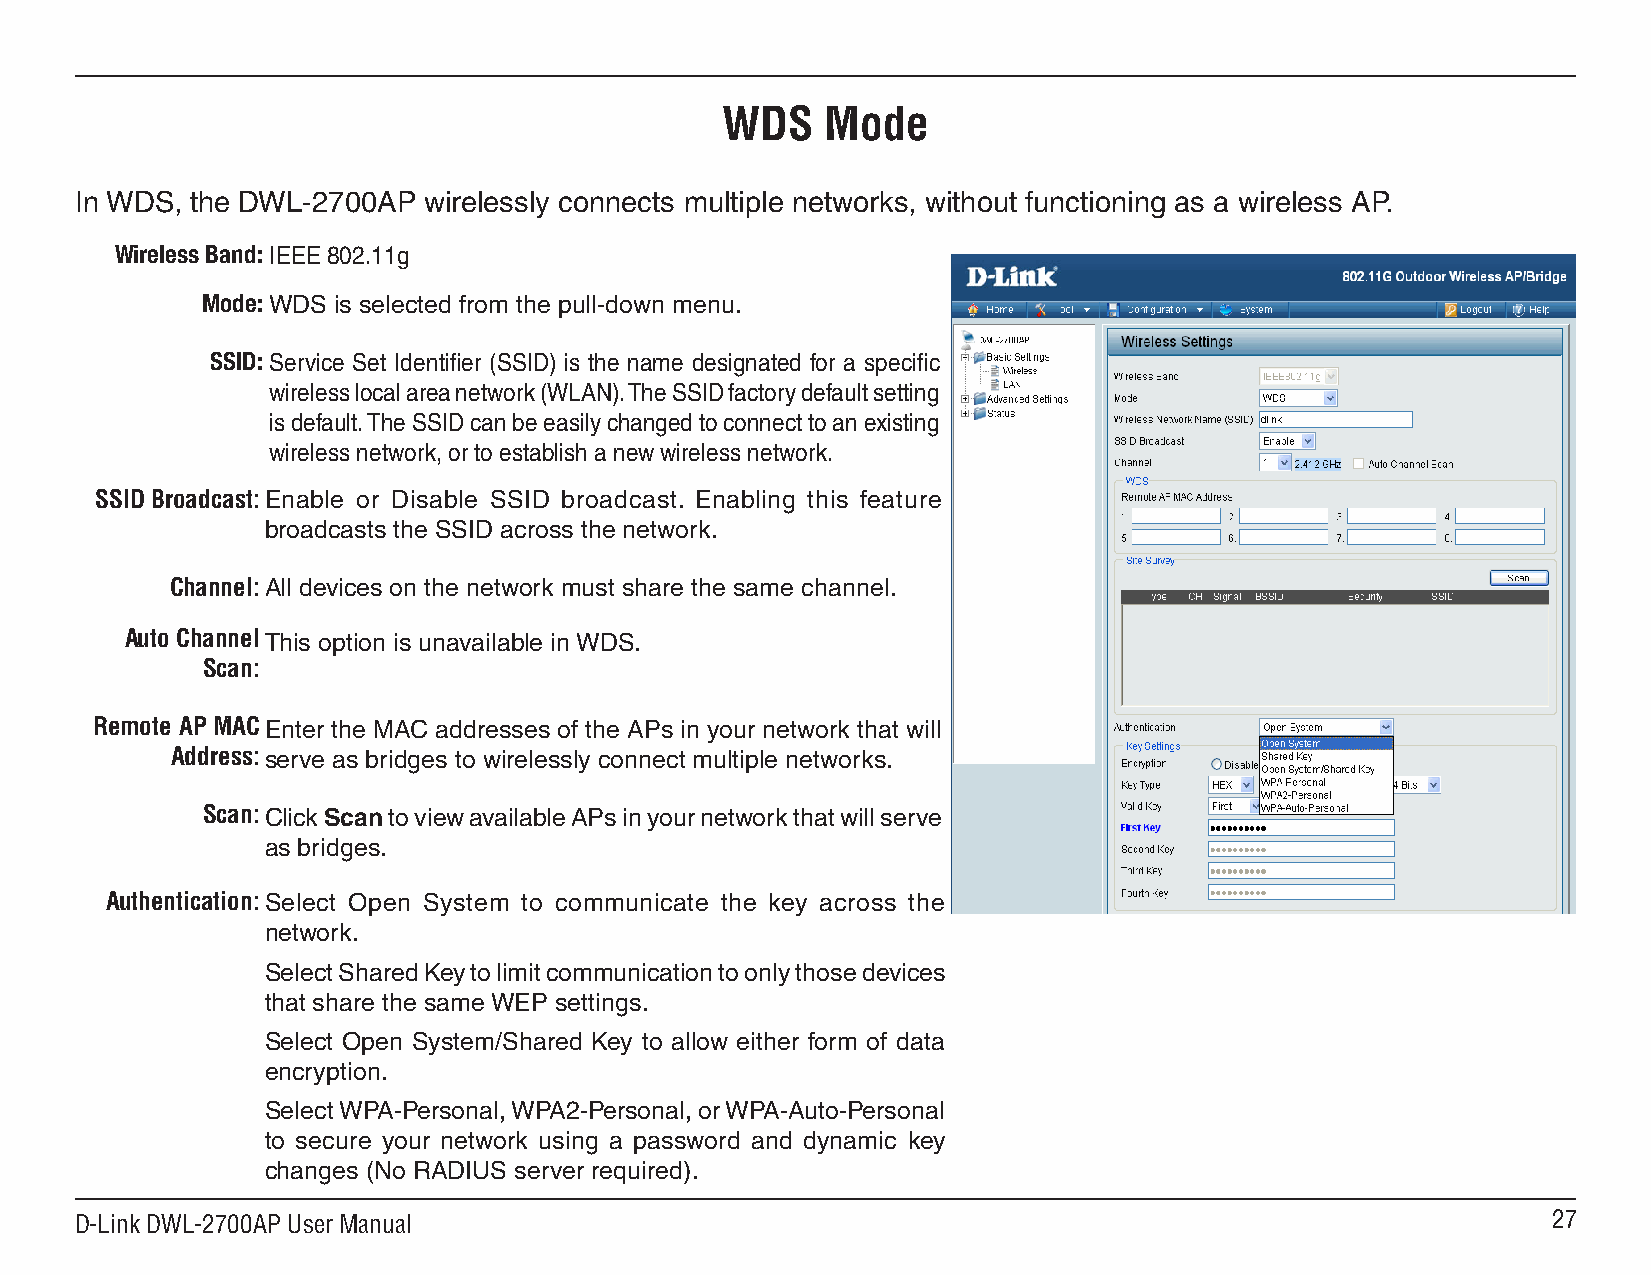
WDS    Mode
 In WDS, the DWL-2700AP wirelessly connects multiple networks, without functioning as a wireless AP.
 Wireless Band: IEEE 802.11g
 Mode: WDS is selected from the pull-down menu.
 SSID: Service Set Identifier (SSID) is the name designated for a specific
 wireless local area network (WLAN). The SSID factory default setting
 is default. The SSID can be easily changed to connect to an existing
 wireless network, or to establish a new wireless network.
 SSID Broadcast:Enable or Disable SSID broadcast. Enabling this feature
 broadcasts the SSID across the network.
 Channel:All devices on the network must share the same channel.
 Auto Channel This option is unavailable in WDS.
 Scan:
 Remote AP MAC Enter the MAC addresses of the APs in your network that will
 Address:serve as bridges to wirelessly connect multiple networks.
 Scan:Click Scan to view available APs in your network that will serve
 as bridges.
 Authentication:Select Open System to communicate the key across the
 network.
 Select Shared Key to limit communication to only those devices
 that share the same WEP settings.
 Select Open System/Shared Key to allow either form of data
 encryption.
 Select WPA-Personal, WPA2-Personal, or WPA-Auto-Personal
 to secure your network using a password and dynamic key
 changes (No RADIUS server required).
 D-Link DWL-2700AP User Manual                                                                     27